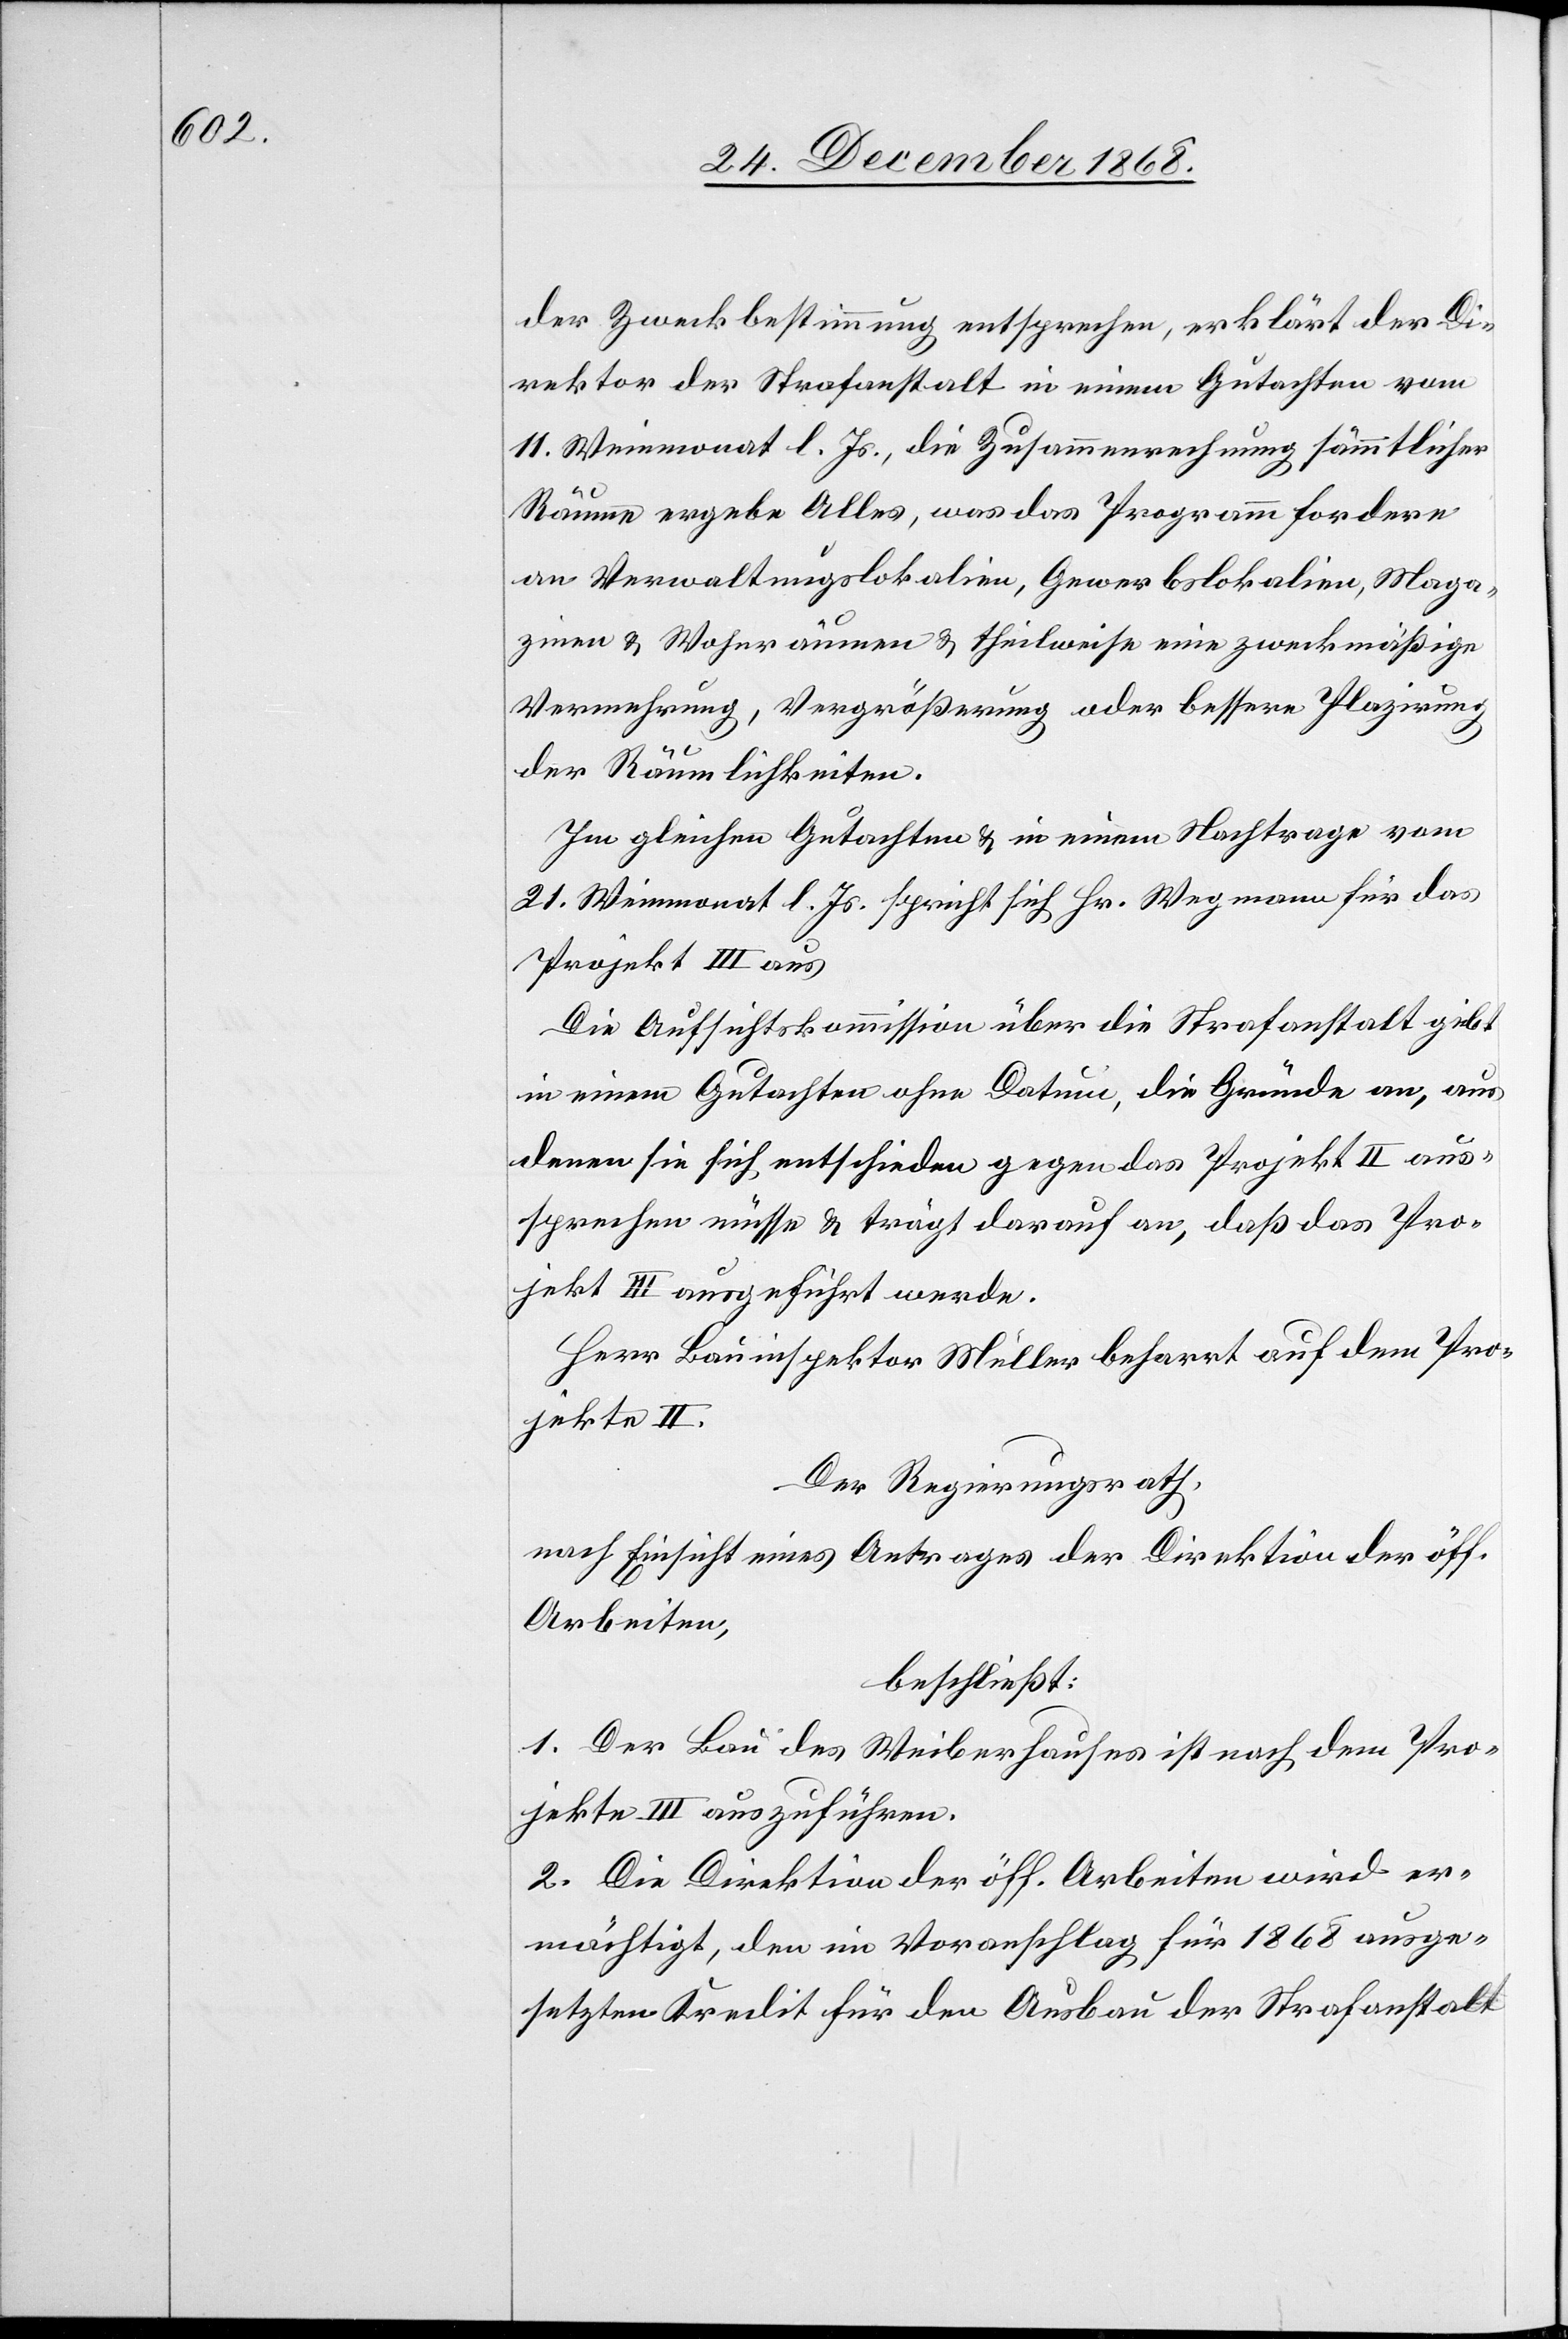
der Zweckbestimmung entsprechen, erklärt der Di¬
rektor der Strafanstalt in einem Gutachten vom
11. Weinmonat l. Js., die Zusammenrechnung sämmtlicher
Räume ergebe Alles, was das Programm fordere
an Verwaltungslokalien, Gewerbslokalien, Maga¬
zinen & Wohnräumen & theilweise eine zweckmäßige
Vermehrung, Vergrößerung oder bessere Plazirung
der Räumlichkeiten.
Im gleichen Gutachten & in einem Nachtrage vom
21. Weinmonat l. Js. spricht sich Hr. Wegmann für das
Projekt III aus
Die Aufsichtskommission über die Strafanstalt gibt
in einem Gutachten ohne Datum, die Gründe an, aus
denen sie sich entschieden gegen das Projekt II aus¬
sprechen müsse & trägt darauf an, daß das Pro¬
jekt III ausgeführt werde.
Herr Bauinspektor Müller beharrt auf dem Pro¬
jekte II.
Der Regierungsrath,
nach Einsicht eines Antrages der Direktion der öff.
Arbeiten,
beschließt:
1. Der Bau des Weiberhauses ist nach dem Pro¬
jekte III auszuführen.
2. Die Direktion der öff. Arbeiten wird er¬
mächtigt, den im Voranschlag für 1868 ausge¬
setzten Kredit für den Ausbau der Strafanstalt